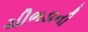
ચીભડાની